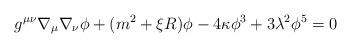
LaTeX: \begin{align*}g^{\mu \nu }\nabla _\mu \nabla _\nu \phi +(m^2+\xi R)\phi -4\kappa\phi ^3+3\lambda ^2\phi ^5=0\end{align*}